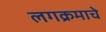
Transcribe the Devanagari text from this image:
लगक्रमाचे